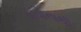
વાવોનાથી